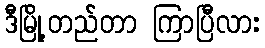
ဒီမြို့တည်တာ ကြာပြီလား